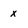
Character: x